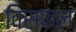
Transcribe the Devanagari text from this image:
विसफल